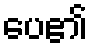
ပေ၏